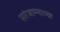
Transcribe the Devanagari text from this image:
सरंजाम्याच्या